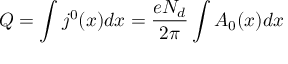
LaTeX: Q = \int j ^ { 0 } ( x ) d x = \frac { e N _ { d } } { 2 \pi } \int A _ { 0 } ( x ) d x